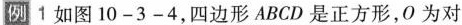
例 1 如图 10 - 3 - 4，四边形ABCD是正方形，O为对